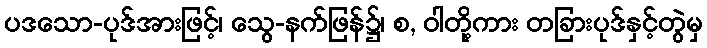
ပဒသော-ပုဒ်အားဖြင့်၊ သွေ-နက်ဖြန်၌၊ စ, ဝါတို့ကား တခြားပုဒ်နှင့်တွဲမှ